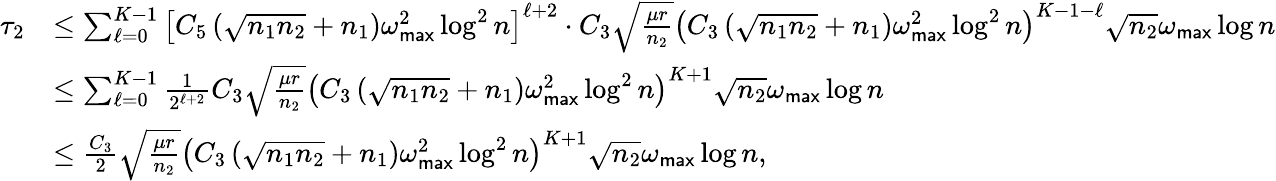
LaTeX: \begin{array}{rl}{\tau_{2}}&{\leq\sum_{\ell=0}^{K-1}\left[C_{5}\left(\sqrt{n_{1}n_{2}}+n_{1}\right)\omega_{\sf max}^{2}\log^{2}n\right]^{\ell+2}\cdot C_{3}\sqrt{\frac{\mu r}{n_{2}}}\left(C_{3}\left(\sqrt{n_{1}n_{2}}+n_{1}\right)\omega_{\sf max}^{2}\log^{2}n\right)^{K-1-\ell}\sqrt{n_{2}}\omega_{\sf max}\log n}\\ &{\leq\sum_{\ell=0}^{K-1}\frac{1}{2^{\ell+2}}C_{3}\sqrt{\frac{\mu r}{n_{2}}}\left(C_{3}\left(\sqrt{n_{1}n_{2}}+n_{1}\right)\omega_{\sf max}^{2}\log^{2}n\right)^{K+1}\sqrt{n_{2}}\omega_{\sf max}\log n}\\ &{\leq\frac{C_{3}}{2}\sqrt{\frac{\mu r}{n_{2}}}\left(C_{3}\left(\sqrt{n_{1}n_{2}}+n_{1}\right)\omega_{\sf max}^{2}\log^{2}n\right)^{K+1}\sqrt{n_{2}}\omega_{\sf max}\log n,}\end{array}